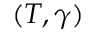
( T , \gamma )